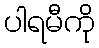
ပါရမီကို